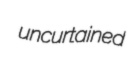
uncurtained